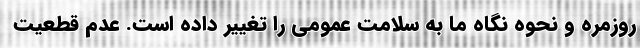
روزمره و نحوه نگاه ما به سلامت عمومی را تغییر داده است. عدم قطعیت